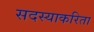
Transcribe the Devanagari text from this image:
सदस्याकरिता